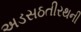
અડસઠતીરથની